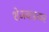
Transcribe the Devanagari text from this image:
शेजवाडकर